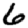
Digit: 6